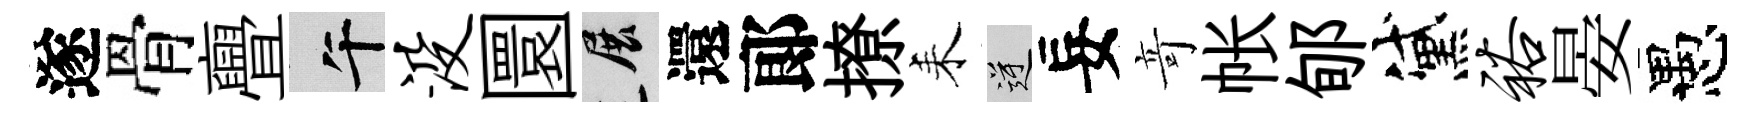
遂骨亹午没圜展還郞撩耒逆妄竒帐郇黛裕晏愚